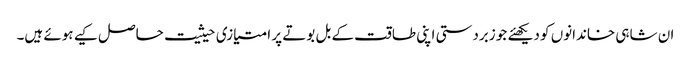
ان شاہی خاندانوں کو دیکھئے جو زبردستی اپنی طاقت کے بل بوتے پر امتیازی حیثیت حاصل کیے ہوئے ہیں۔